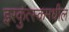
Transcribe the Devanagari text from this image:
इरकुत्स्कमधील